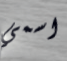
اسمي